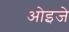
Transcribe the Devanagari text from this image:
ओइजे